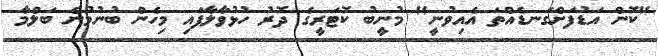
"ކޮން އަޑުފަށްގަނޑެއްތަ އެއިވުނީ" މުނީބު ކޮޓަރީގެ ދޮރު ހުޅުވާލާފައި މިހެން ބުނުމުން ބަލްމާ